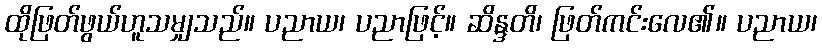
ထိုဖြတ်ဖွယ်ဟူသမျှသည်။ ပညာယ၊ ပညာဖြင့်။ ဆိန္ဒတိ၊ ဖြတ်ကင်းလေ၏။ ပညာယ၊